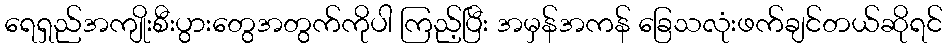
ရေရှည်အကျိုးစီးပွားတွေအတွက်ကိုပါ ကြည့်ပြီး အမှန်အကန် ခြေသလုံးဖက်ချင်တယ်ဆိုရင်